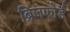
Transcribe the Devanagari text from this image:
ब्रिजफोर्ड